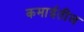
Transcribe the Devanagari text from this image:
कमाईतील